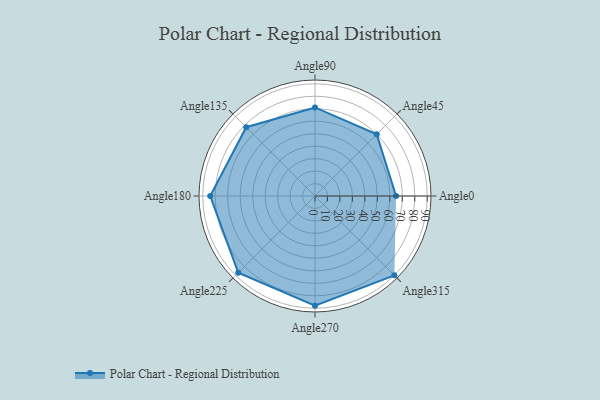
{"axis": {"x": "Angle", "y": "Radius"}, "legend": [""], "data": [{"x": "Angle0", "y": 65.0, "type": ""}, {"x": "Angle45", "y": 70.0, "type": ""}, {"x": "Angle90", "y": 71.0, "type": ""}, {"x": "Angle135", "y": 78.0, "type": ""}, {"x": "Angle180", "y": 84.0, "type": ""}, {"x": "Angle225", "y": 87.0, "type": ""}, {"x": "Angle270", "y": 88.0, "type": ""}, {"x": "Angle315", "y": 90.0, "type": ""}]}